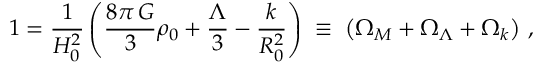
1 = \frac { 1 } { H _ { 0 } ^ { 2 } } \left( \frac { 8 \pi \, G } { 3 } \rho _ { 0 } + \frac { \Lambda } { 3 } - \frac { k } { R _ { 0 } ^ { 2 } } \right) \; \equiv \; \left( \Omega _ { M } + \Omega _ { \Lambda } + \Omega _ { k } \right) \, ,